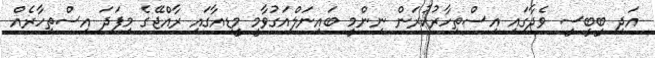
އަދި ބީބީސީ ވެދާގައި އިސްތިހާރުކުރަން ނިންމީ ބައިނަލްއަގުވާމީ މީޑިއާގައި ރާއްޖޭގެ މިފަދަ އިސްތިހާރެއް